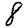
Digit: 8